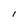
Character: I